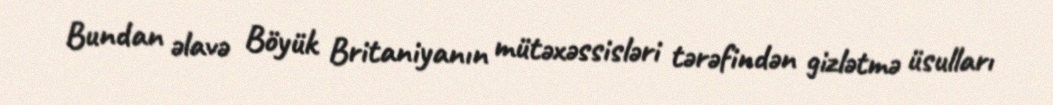
Bundan əlavə Böyük Britaniyanın mütəxəssisləri tərəfindən gizlətmə üsulları